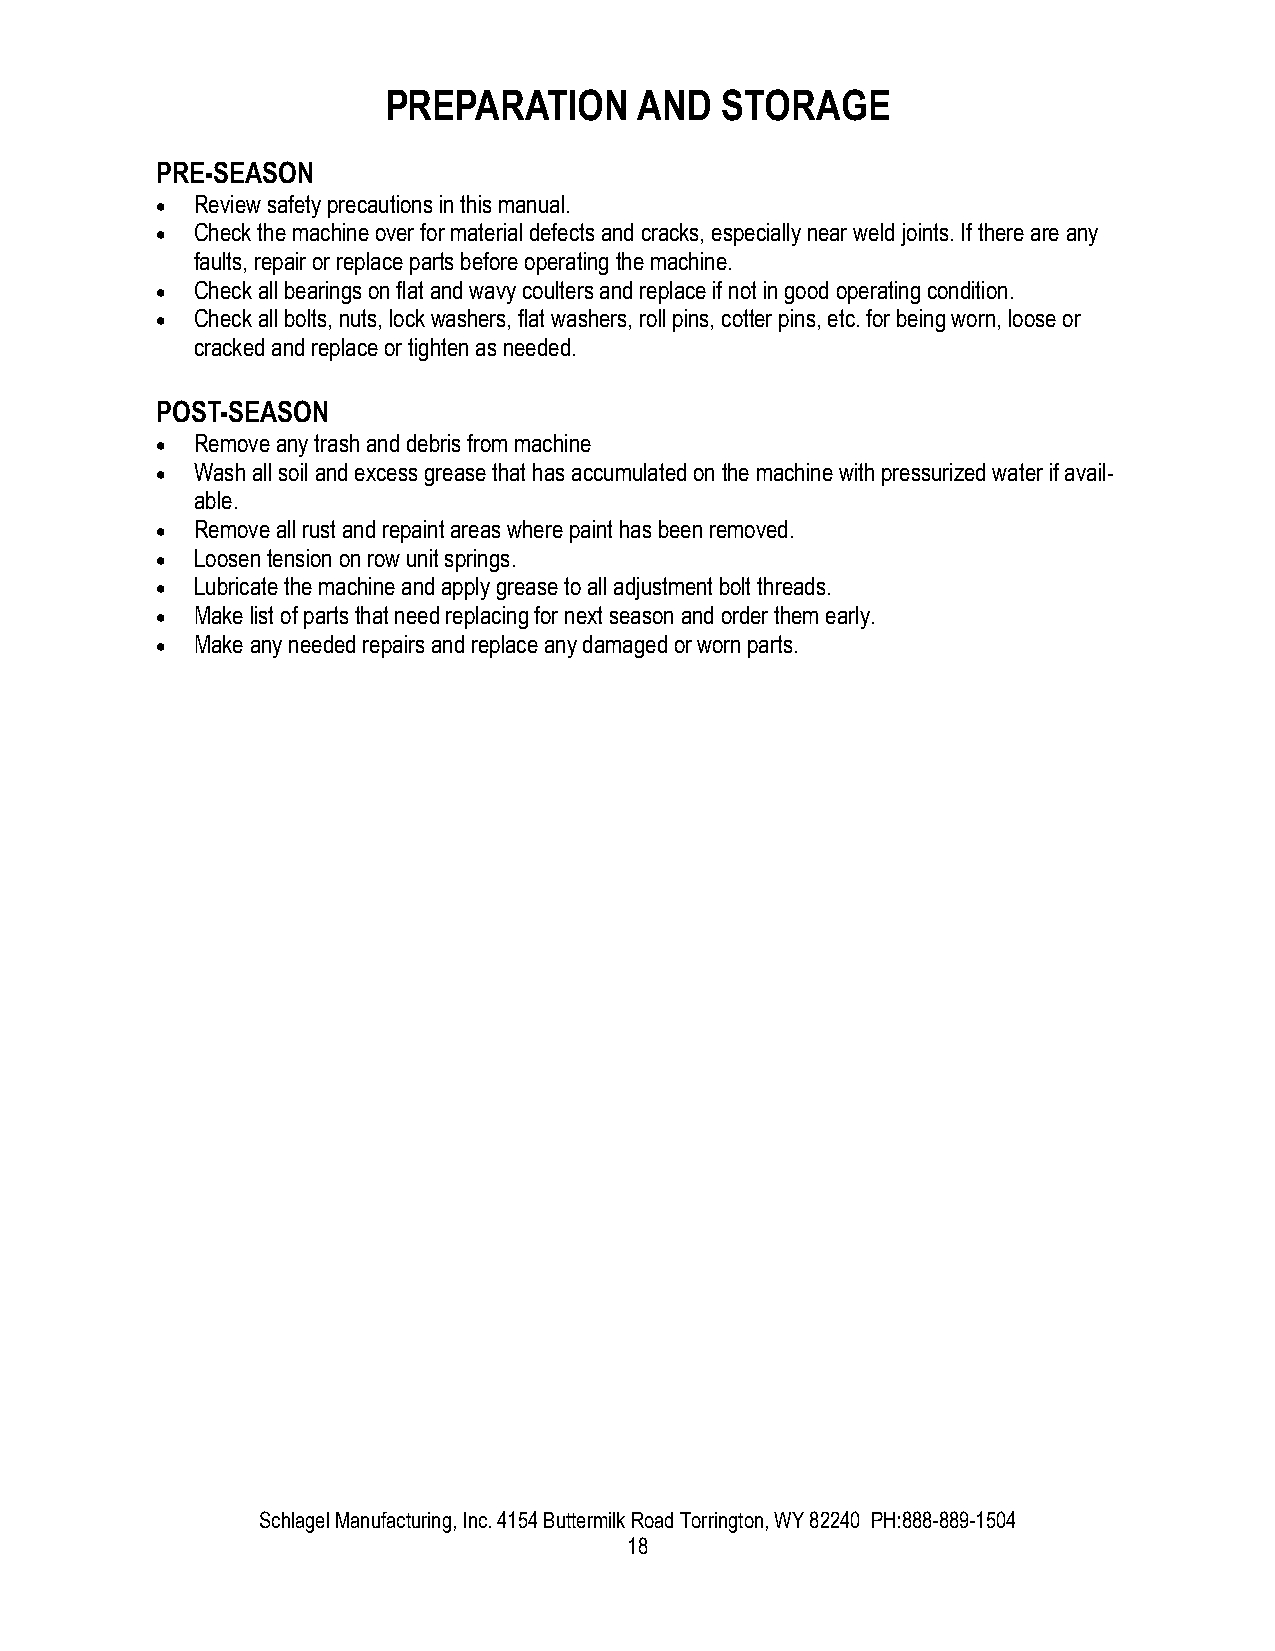
PREPARATION     AND   STORAGE
 PRE-SEASON
 ·  Review safety precautions in this manual.
 ·  Check the machine over for material defects and cracks, especially near weld joints. If there are any
 faults, repair or replace parts before operating the machine.
 ·  Check all bearings on flat and wavy coulters and replace if not in good operating condition.
 ·  Check all bolts, nuts, lock washers, flat washers, roll pins, cotter pins, etc. for being worn, loose or
 cracked and replace or tighten as needed.
 POST-SEASON
 ·  Remove any trash and debris from machine
 ·  Wash all soil and excess grease that has accumulated on the machine with pressurized water if avail-
 able.
 ·  Remove all rust and repaint areas where paint has been removed.
 ·  Loosen tension on row unit springs.
 ·  Lubricate the machine and apply grease to all adjustment bolt threads.
 ·  Make list of parts that need replacing for next season and order them early.
 ·  Make any needed repairs and replace any damaged or worn parts.
 Schlagel Manufacturing, Inc. 4154 Buttermilk Road Torrington, WY 82240 PH:888-889-1504
 18